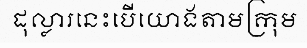
ដុល្លារនេះបើយោងតាមក្រុម